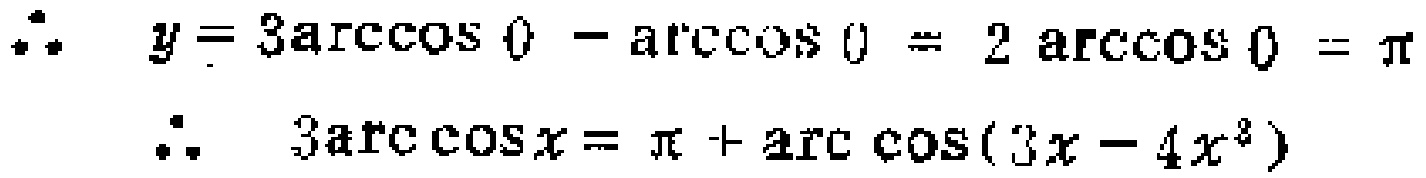
\(\therefore\quad y = 3\arccos 0-\arccos 0=2\arccos 0=\pi\)
\(\therefore\quad 3\arccos x=\pi+\arccos(3x - 4x^{3})\)